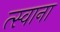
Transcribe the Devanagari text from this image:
त्स्वाना